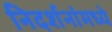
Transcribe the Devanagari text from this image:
निदर्शनांमध्ये